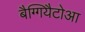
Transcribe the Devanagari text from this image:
बैग्गियैटोआ